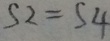
S 2 = S 4